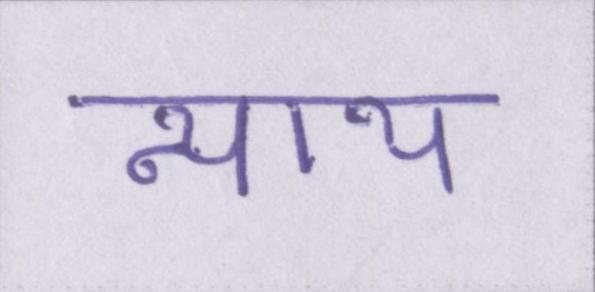
न्याय